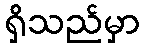
ရှိသည်မှာ